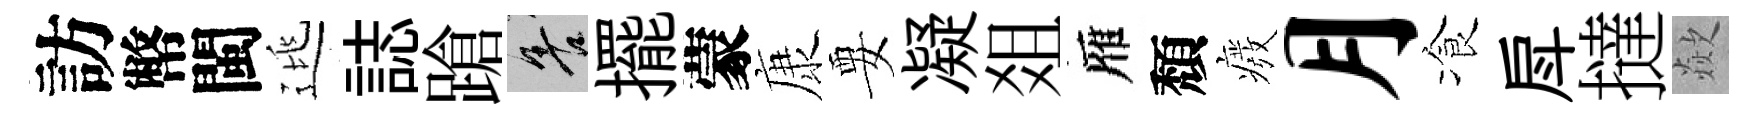
訪幣閩逃誌蹌善擺蒙康要凝爼雁頽癈月飡戽撻歘